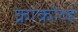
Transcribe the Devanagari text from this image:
क्राकोव्ह